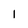
Character: l